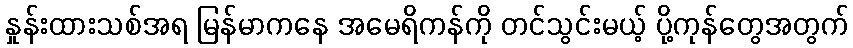
နှုန်းထားသစ်အရ မြန်မာကနေ အမေရိကန်ကို တင်သွင်းမယ့် ပို့ကုန်တွေအတွက်